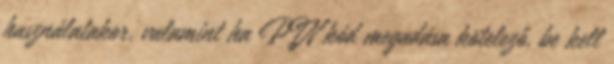
használatakor, valamint ha PIN kód megadása kötelező, be kell